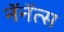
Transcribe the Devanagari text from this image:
नॅनॅत्स